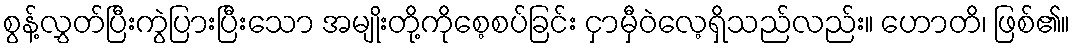
စွန့်လွှတ်ပြီးကွဲပြားပြီးသော အမျိုးတို့ကိုစေ့စပ်ခြင်း ငှာမှီဝဲလေ့ရှိသည်လည်း။ ဟောတိ၊ ဖြစ်၏။